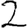
Digit: 2